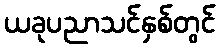
ယခုပညာသင်နှစ်တွင်